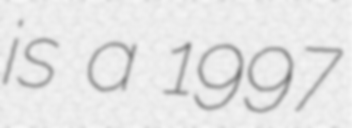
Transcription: is a 1997